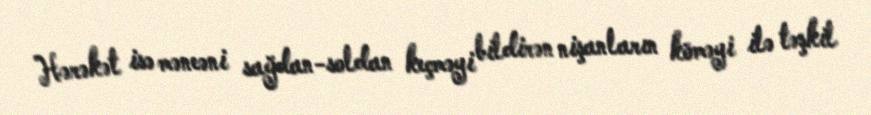
Hərəkət isə məneəni sağdan-soldan keçməyi bildirən nişanların köməyi ilə təşkil